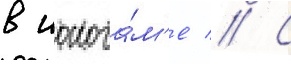
в иокога́м'е // С